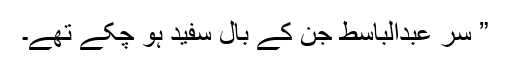
” سر عبدالباسط جن کے بال سفید ہو چکے تھے۔